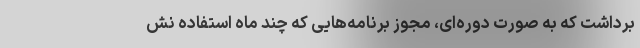
برداشت که به صورت دوره‌ای، مجوز برنامه‌هایی که چند ماه استفاده نش